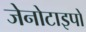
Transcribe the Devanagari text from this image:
जेनोटाइपों